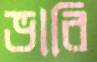
ভারি